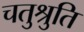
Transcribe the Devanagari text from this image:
चतुश्रुति